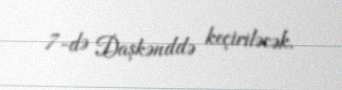
7-də Daşkənddə keçiriləcək.